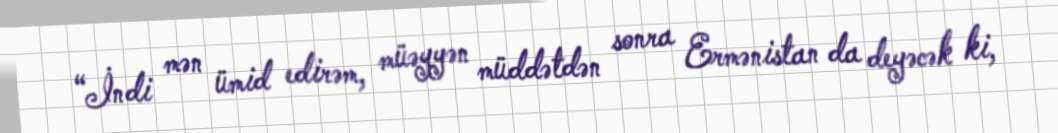
“İndi mən ümid edirəm, müəyyən müddətdən sonra Ermənistan da deyəcək ki,